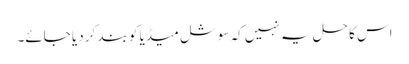
اس کا حل یہ نہیں کہ سوشل میڈیا کو بند کر دیا جائے۔